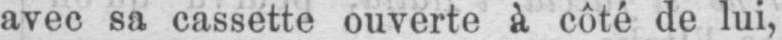
avec sa cassette ouverte à côté de lui,